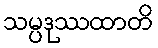
သမ္ပဒုဿထာတိ